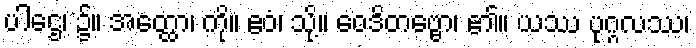
ပါဌေ၊ ၌။ အတ္ထော၊ ကို။ ဧဝံ၊ သို့။ ဝေဒိတဗ္ဗော၊ ၏။ ယဿ ပုဂ္ဂလဿ၊